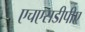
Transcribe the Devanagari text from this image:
एचएसडीपीए